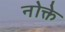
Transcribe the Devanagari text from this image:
नोक्ते